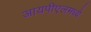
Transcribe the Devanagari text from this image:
आयपीएलमध्ये